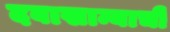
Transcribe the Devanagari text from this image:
दवाखान्याची